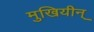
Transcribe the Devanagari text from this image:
मुखियीन्